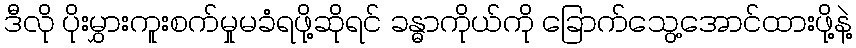
ဒီလို ပိုးမွှားကူးစက်မှုမခံရဖို့ဆိုရင် ခန္ဓာကိုယ်ကို ခြောက်သွေ့အောင်ထားဖို့နဲ့